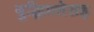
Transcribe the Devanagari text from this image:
बुद्धिमत्तेसह